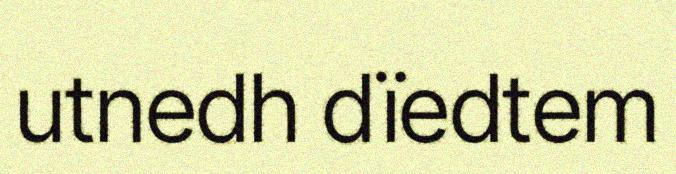
utnedh dïedtem